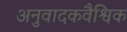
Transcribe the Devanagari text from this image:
अनुवादकवैश्विक